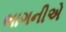
ભાગનીએ